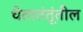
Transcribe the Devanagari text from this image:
चेतातंतूंतील